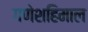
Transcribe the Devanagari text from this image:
गणेशहिमाल